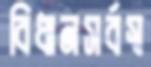
বিধানসর্বস্ব